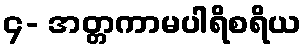
၄- အတ္တကာမပါရိစရိယ